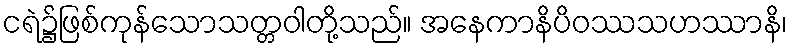
ငရဲ၌ဖြစ်ကုန်သောသတ္တဝါတို့သည်။ အနေကာနိပိဝဿသဟဿာနိ၊